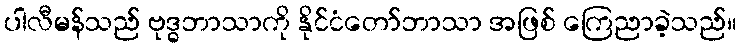
ပါလီမန်သည် ဗုဒ္ဓဘာသာကို နိုင်ငံတော်ဘာသာ အဖြစ် ကြေညာခဲ့သည်။